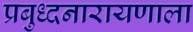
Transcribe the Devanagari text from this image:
प्रबुध्दनारायणाला